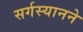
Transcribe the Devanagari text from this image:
सर्गस्यानने